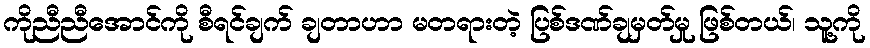
ကိုညီညီအောင်ကို စီရင်ချက် ချတာဟာ မတရားတဲ့ ပြစ်ဒဏ်ချမှတ်မှု ဖြစ်တယ်၊ သူ့ကို